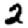
Digit: 2